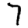
Digit: 7